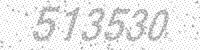
Solution: 513530